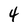
Character: 4